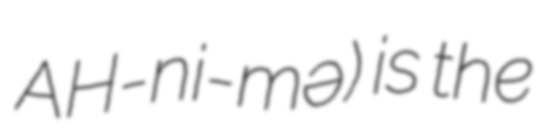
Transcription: AH-ni-mə) is the